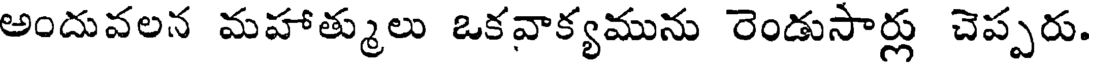
అందువలన మహాత్ములు ఒకవాక్యమును రెండుసార్లు చెప్పరు.